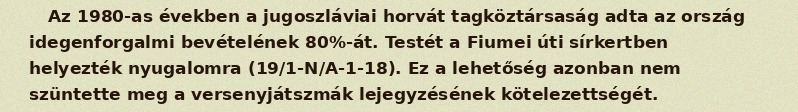
Az 1980-as években a jugoszláviai horvát tagköztársaság adta az ország idegenforgalmi bevételének 80%-át. Testét a Fiumei úti sírkertben helyezték nyugalomra (19/1-N/A-1-18). Ez a lehetőség azonban nem szüntette meg a versenyjátszmák lejegyzésének kötelezettségét.